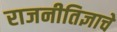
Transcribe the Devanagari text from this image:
राजनीतिज्ञाचे